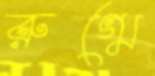
রুগ্মে